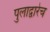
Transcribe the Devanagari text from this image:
पुलाद्वारेच